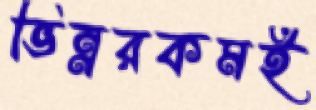
ভিন্নরকমই